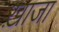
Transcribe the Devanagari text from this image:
ख़ाजा